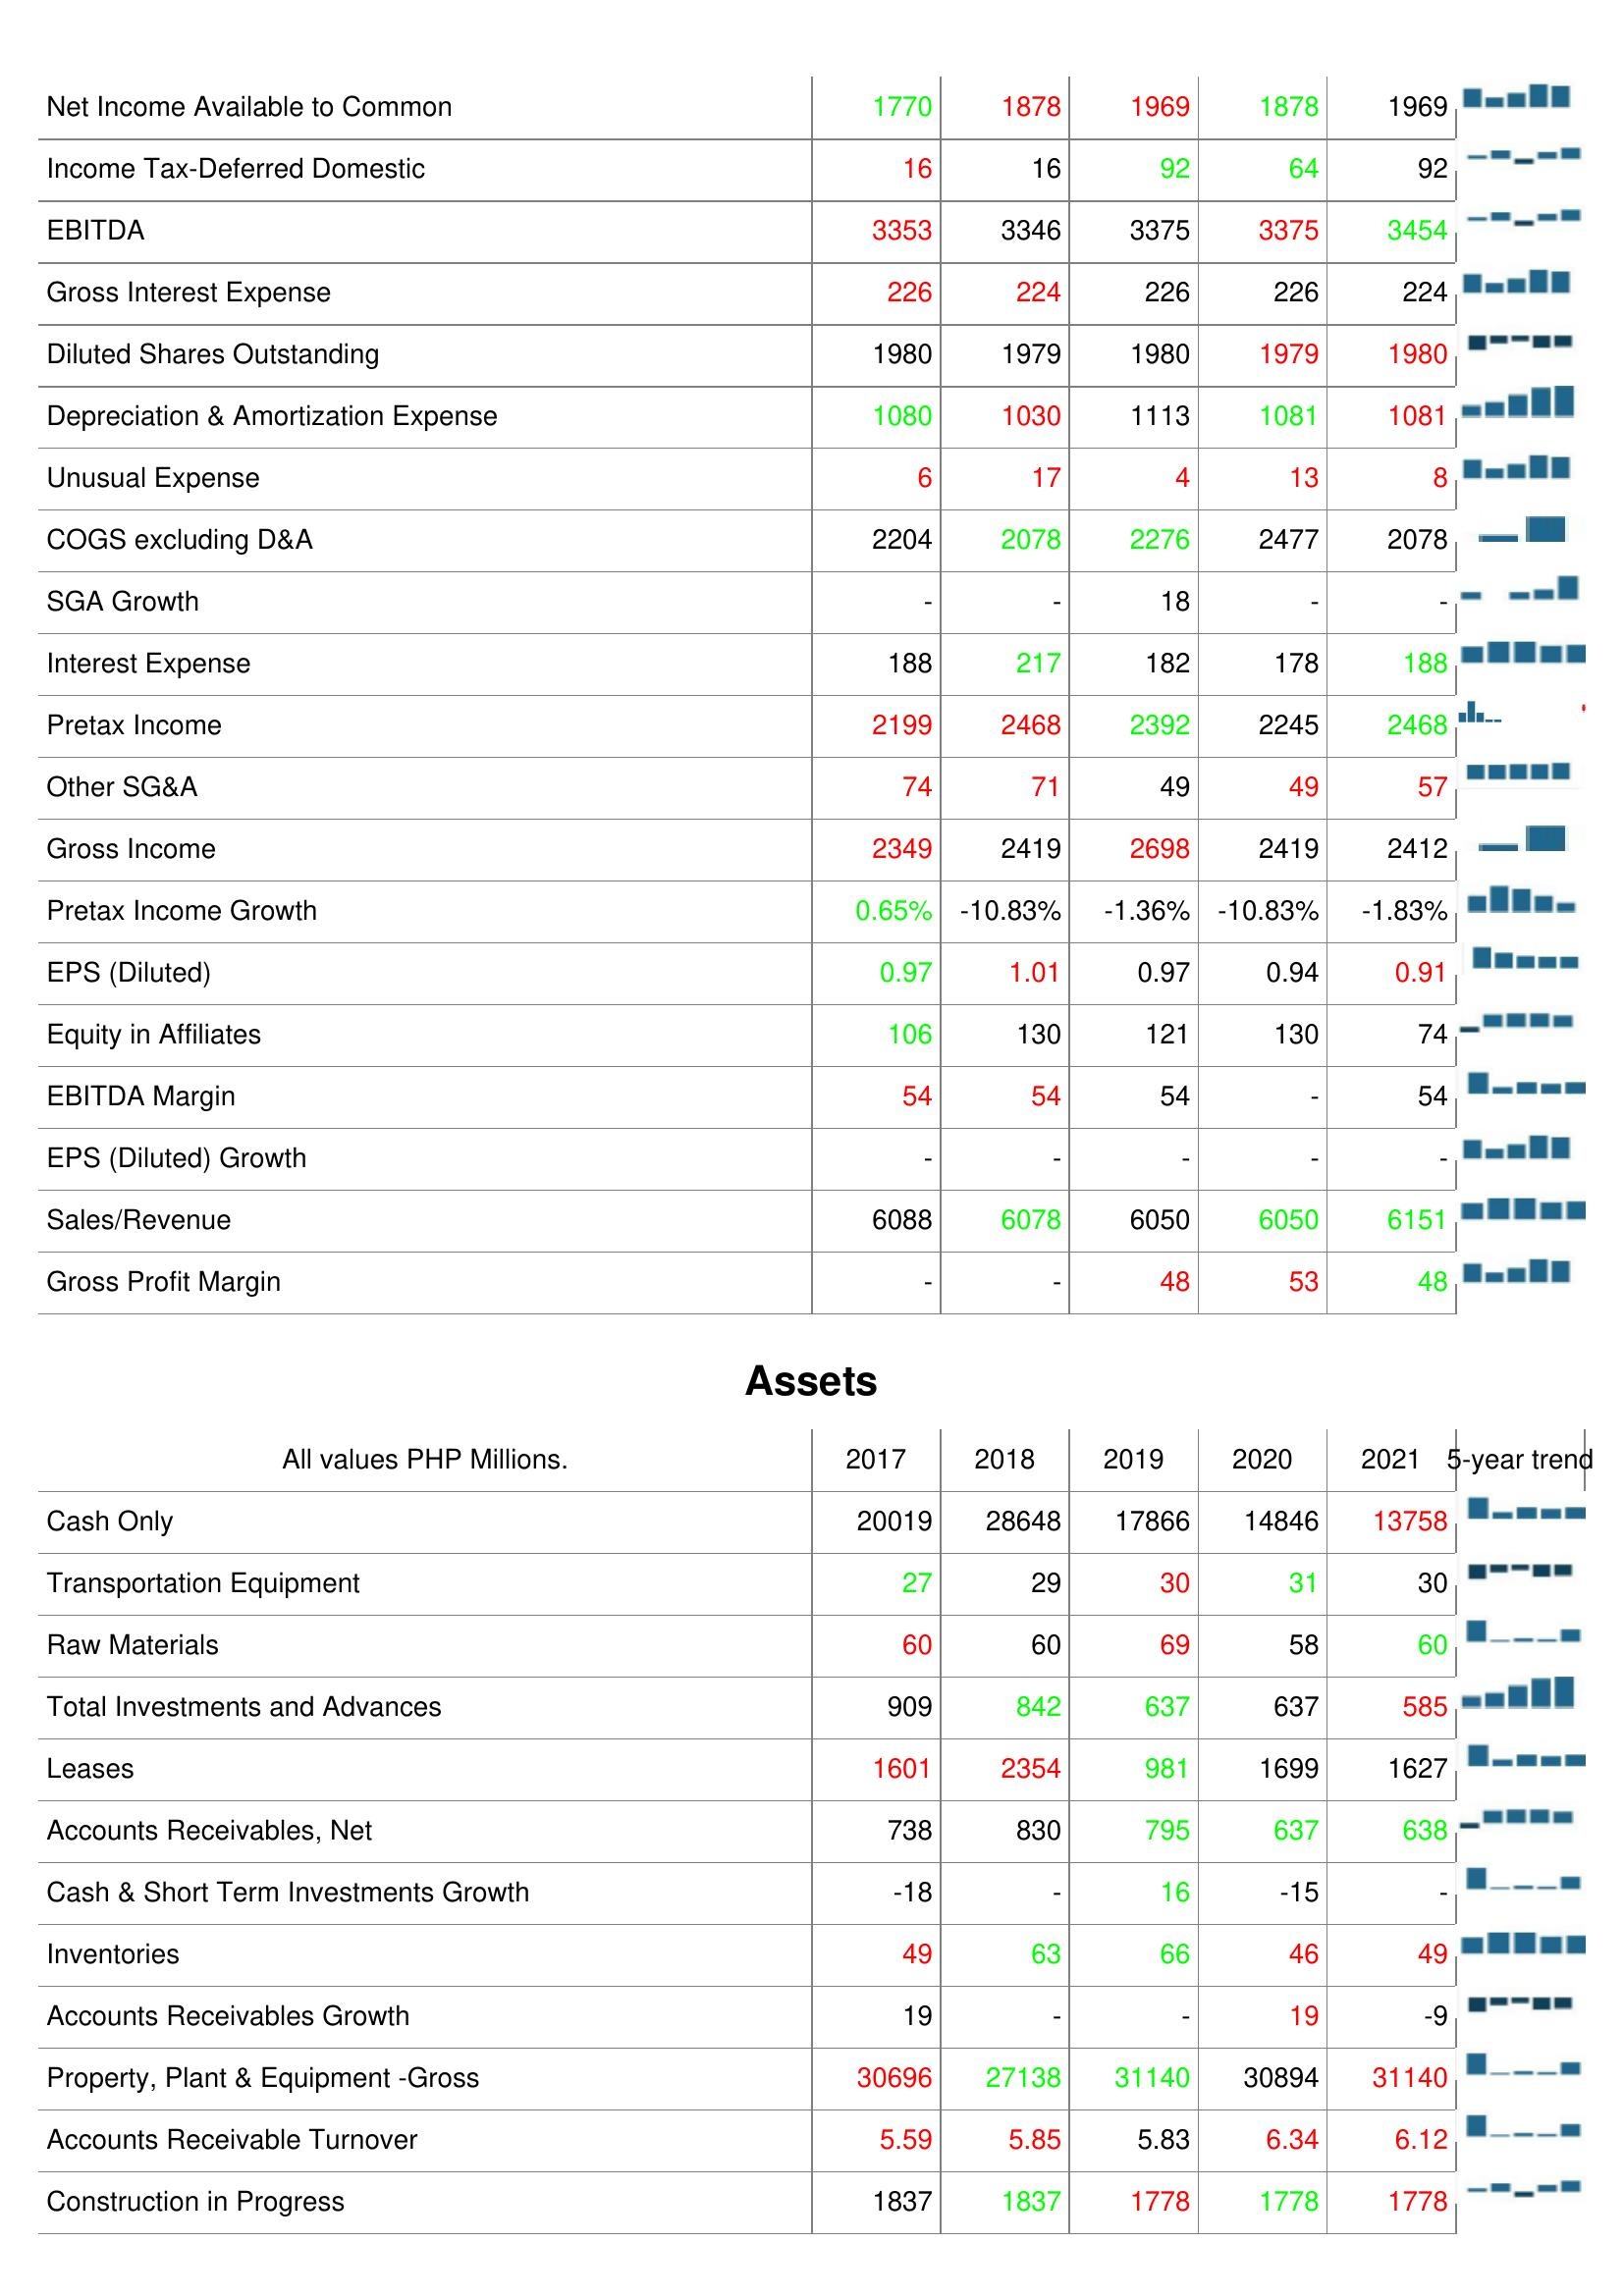
2017: : Net Income Available to Common: 1770
Income Tax-Deferred Domestic: 16
EBITDA: 3353
Gross Interest Expense: 226
Diluted Shares Outstanding: 1980
Depreciation & Amortization Expense: 1080
Unusual Expense: 6
COGS excluding D&A: 2204
SGA Growth: -
Interest Expense: 188
Pretax Income: 2199
Other SG&A: 74
Gross Income: 2349
Pretax Income Growth: 0.65%
EPS (Diluted): 0.97
Equity in Affiliates: 106
EBITDA Margin: 54
EPS (Diluted) Growth: -
Sales/Revenue: 6088
Gross Profit Margin: -
Assets: Cash Only: 20019
Transportation Equipment: 27
Raw Materials: 60
Total Investments and Advances: 909
Leases: 1601
Accounts Receivables, Net: 738
Cash & Short Term Investments Growth: -18
Inventories: 49
Accounts Receivables Growth: 19
Property, Plant & Equipment -Gross: 30696
Accounts Receivable Turnover: 5.59
Construction in Progress: 1837
2018: : Net Income Available to Common: 1878
Income Tax-Deferred Domestic: 16
EBITDA: 3346
Gross Interest Expense: 224
Diluted Shares Outstanding: 1979
Depreciation & Amortization Expense: 1030
Unusual Expense: 17
COGS excluding D&A: 2078
SGA Growth: -
Interest Expense: 217
Pretax Income: 2468
Other SG&A: 71
Gross Income: 2419
Pretax Income Growth: -10.83%
EPS (Diluted): 1.01
Equity in Affiliates: 130
EBITDA Margin: 54
EPS (Diluted) Growth: -
Sales/Revenue: 6078
Gross Profit Margin: -
Assets: Cash Only: 28648
Transportation Equipment: 29
Raw Materials: 60
Total Investments and Advances: 842
Leases: 2354
Accounts Receivables, Net: 830
Cash & Short Term Investments Growth: -
Inventories: 63
Accounts Receivables Growth: -
Property, Plant & Equipment -Gross: 27138
Accounts Receivable Turnover: 5.85
Construction in Progress: 1837
2019: : Net Income Available to Common: 1969
Income Tax-Deferred Domestic: 92
EBITDA: 3375
Gross Interest Expense: 226
Diluted Shares Outstanding: 1980
Depreciation & Amortization Expense: 1113
Unusual Expense: 4
COGS excluding D&A: 2276
SGA Growth: 18
Interest Expense: 182
Pretax Income: 2392
Other SG&A: 49
Gross Income: 2698
Pretax Income Growth: -1.36%
EPS (Diluted): 0.97
Equity in Affiliates: 121
EBITDA Margin: 54
EPS (Diluted) Growth: -
Sales/Revenue: 6050
Gross Profit Margin: 48
Assets: Cash Only: 17866
Transportation Equipment: 30
Raw Materials: 69
Total Investments and Advances: 637
Leases: 981
Accounts Receivables, Net: 795
Cash & Short Term Investments Growth: 16
Inventories: 66
Accounts Receivables Growth: -
Property, Plant & Equipment -Gross: 31140
Accounts Receivable Turnover: 5.83
Construction in Progress: 1778
2020: : Net Income Available to Common: 1878
Income Tax-Deferred Domestic: 64
EBITDA: 3375
Gross Interest Expense: 226
Diluted Shares Outstanding: 1979
Depreciation & Amortization Expense: 1081
Unusual Expense: 13
COGS excluding D&A: 2477
SGA Growth: -
Interest Expense: 178
Pretax Income: 2245
Other SG&A: 49
Gross Income: 2419
Pretax Income Growth: -10.83%
EPS (Diluted): 0.94
Equity in Affiliates: 130
EBITDA Margin: -
EPS (Diluted) Growth: -
Sales/Revenue: 6050
Gross Profit Margin: 53
Assets: Cash Only: 14846
Transportation Equipment: 31
Raw Materials: 58
Total Investments and Advances: 637
Leases: 1699
Accounts Receivables, Net: 637
Cash & Short Term Investments Growth: -15
Inventories: 46
Accounts Receivables Growth: 19
Property, Plant & Equipment -Gross: 30894
Accounts Receivable Turnover: 6.34
Construction in Progress: 1778
2021: : Net Income Available to Common: 1969
Income Tax-Deferred Domestic: 92
EBITDA: 3454
Gross Interest Expense: 224
Diluted Shares Outstanding: 1980
Depreciation & Amortization Expense: 1081
Unusual Expense: 8
COGS excluding D&A: 2078
SGA Growth: -
Interest Expense: 188
Pretax Income: 2468
Other SG&A: 57
Gross Income: 2412
Pretax Income Growth: -1.83%
EPS (Diluted): 0.91
Equity in Affiliates: 74
EBITDA Margin: 54
EPS (Diluted) Growth: -
Sales/Revenue: 6151
Gross Profit Margin: 48
Assets: Cash Only: 13758
Transportation Equipment: 30
Raw Materials: 60
Total Investments and Advances: 585
Leases: 1627
Accounts Receivables, Net: 638
Cash & Short Term Investments Growth: -
Inventories: 49
Accounts Receivables Growth: -9
Property, Plant & Equipment -Gross: 31140
Accounts Receivable Turnover: 6.12
Construction in Progress: 1778